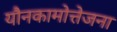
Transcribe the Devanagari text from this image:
यौनकामोत्तेजना